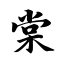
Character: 棠